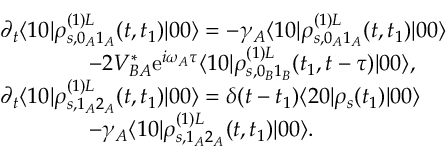
\begin{array} { r l } & { \partial _ { t } \langle 1 0 | \rho _ { s , 0 _ { A } 1 _ { A } } ^ { ( 1 ) L } ( t , t _ { 1 } ) | 0 0 \rangle = - \gamma _ { A } \langle 1 0 | \rho _ { s , 0 _ { A } 1 _ { A } } ^ { ( 1 ) L } ( t , t _ { 1 } ) | 0 0 \rangle } \\ & { \qquad \qquad - 2 V _ { B A } ^ { * } \mathrm { e } ^ { i \omega _ { A } \tau } \langle 1 0 | \rho _ { s , 0 _ { B } 1 _ { B } } ^ { ( 1 ) L } ( t _ { 1 } , t - \tau ) | 0 0 \rangle , } \\ & { \partial _ { t } \langle 1 0 | \rho _ { s , 1 _ { A } 2 _ { A } } ^ { ( 1 ) L } ( t , t _ { 1 } ) | 0 0 \rangle = \delta ( t - t _ { 1 } ) \langle 2 0 | \rho _ { s } ( t _ { 1 } ) | 0 0 \rangle } \\ & { \qquad \qquad - \gamma _ { A } \langle 1 0 | \rho _ { s , 1 _ { A } 2 _ { A } } ^ { ( 1 ) L } ( t , t _ { 1 } ) | 0 0 \rangle . } \end{array}